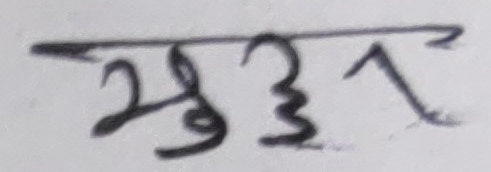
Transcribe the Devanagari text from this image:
सुअर